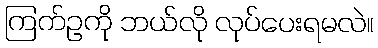
ကြက်ဥကို ဘယ်လို လုပ်ပေးရမလဲ။